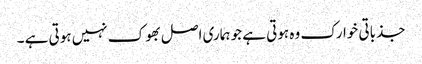
جذباتی خوارک وہ ہوتی ہے جو ہماری اصل بھوک نہیں ہوتی ہے ۔